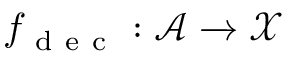
f _ { \mathrm { ~ d ~ e ~ c ~ } } : \mathcal { A } \xrightarrow { } \mathcal { X }